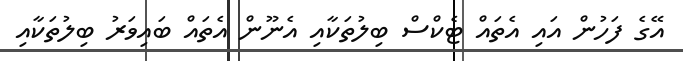
އޭގެ ފަހުން އައި އެތައް ޓެކްސް ބިލުތަކާއި އެނޫން އެތައް ބައިވަރު ބިލުތަކާއި